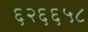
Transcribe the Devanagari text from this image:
६२६६५८